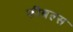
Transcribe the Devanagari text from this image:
फीबल्स